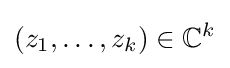
(z_{1},\ldots ,z_{k})\in \mathbb {C} ^{k}